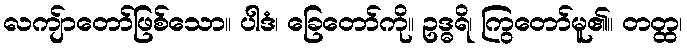
လကျ်ာတော်ဖြစ်သော။ ပါဒံ၊ ခြေတော်ကို။ ဥဒ္ဓရိ၊ ကြွတော်မူ၏။ တတ္ထ၊